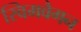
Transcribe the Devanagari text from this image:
स्विमवैगन